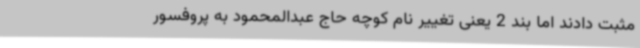
مثبت دادند اما بند 2 یعنی تغییر نام کوچه حاج عبدالمحمود به پروفسور